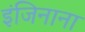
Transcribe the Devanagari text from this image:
इंजिनाना